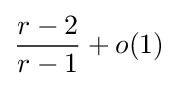
{\frac {r-2}{r-1}}+o(1)